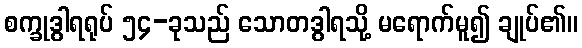
စက္ခုဒွါရရုပ် ၅၄-ခုသည် သောတဒွါရသို့ မရောက်မူ၍ ချုပ်၏။